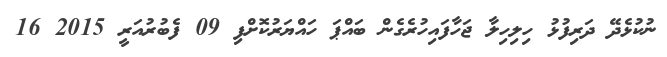
ނުކުޅެދޭ ދަރިފުޅު ހިލިހިލާ ޖަހާފައިހުރެގެން ބައްޕަ ހައްޔަރުކޮށްފި 09 ފެބުރުއަރީ 2015 16